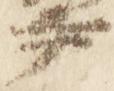
尹